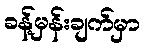
ခန့်မှန်းချက်မှာ